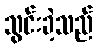
သွင်းခဲ့သည်